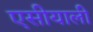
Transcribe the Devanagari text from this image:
एसीयाली